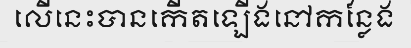
លើនេះបានកើតឡើងនៅកន្លែង